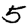
Digit: 5